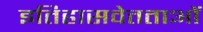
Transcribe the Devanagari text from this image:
इतिहासवेतताओं